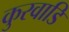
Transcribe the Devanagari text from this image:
कुरवाडि